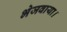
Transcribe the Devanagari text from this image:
भेजवाया।